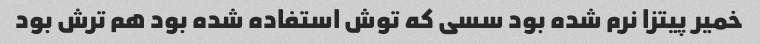
خمیر پیتزا نرم شده بود سسی که توش استفاده شده بود هم ترش بود